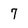
Character: 7